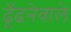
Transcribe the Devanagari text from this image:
ढूँढनेवाले